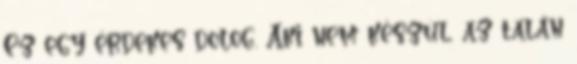
Ez egy érdekes dolog. Aki nem készül, az talán